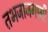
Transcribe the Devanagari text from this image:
तभजाजगागी